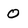
Character: 0